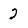
Character: 2